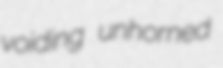
voiding unhorned